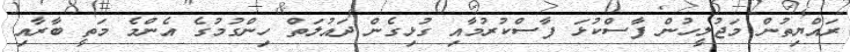
ރައްޔިތުން މަޖުލީހުން ފާސްކުޅަ ފާސްކުރުމާއި ގުޅިގެން ދައުލަތް ހިންގުމުގެ އެންމެ މަތީ ބާރާއި